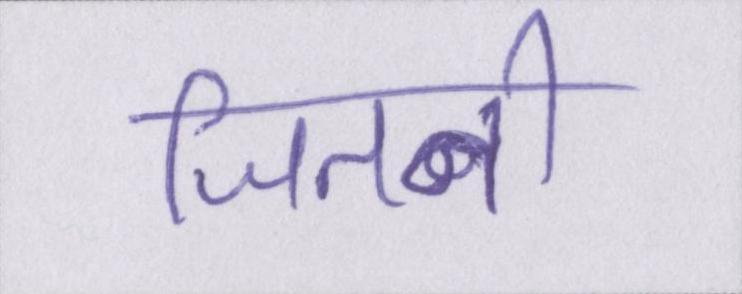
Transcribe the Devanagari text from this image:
जितनी